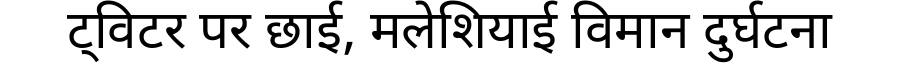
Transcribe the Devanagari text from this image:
ट्विटर पर छाई, मलेशियाई विमान दुर्घटना